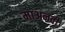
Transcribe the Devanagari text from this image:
माअनवी